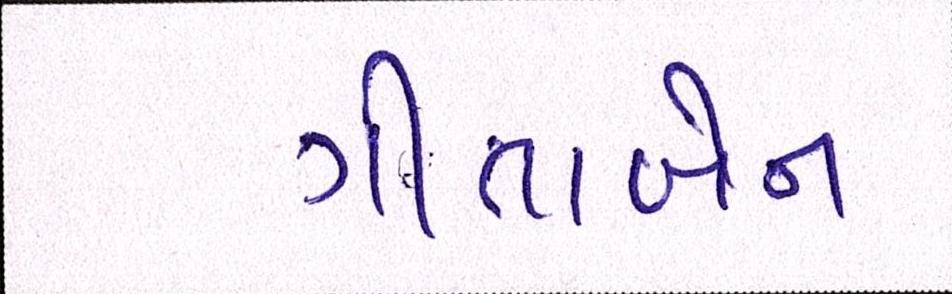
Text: ગીતાબેન